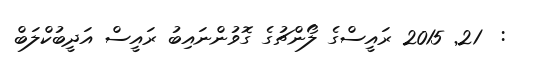
:  21